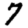
Digit: 7